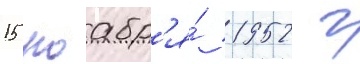
15 ноабр'я́ 1952 г